Senior Leaving Certificate Examination (including Day School Certificate (Higher) General paper), 1950
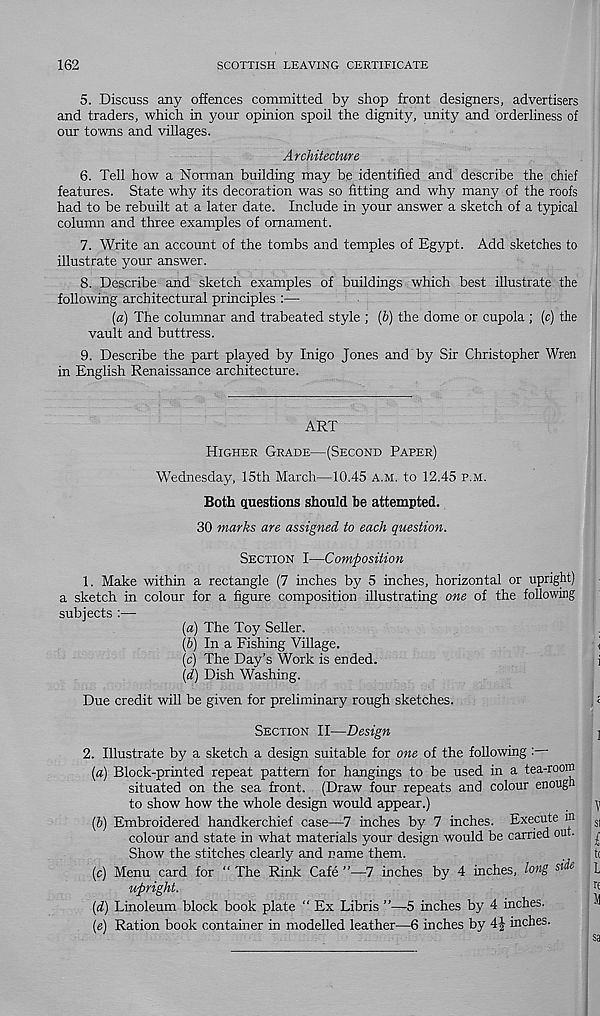
162
SCOTTISH LEAVING CERTIFICATE
5. Discuss any offences committed by shop front designers, advertisers
and traders, which in your opinion spoil the dignity, unity and orderliness of
our towns and villages.
Architecture
6. Tell how a Norman building may be identified and describe the chief
features. State why its decoration was so fitting and why many of the roofs
had to be rebuilt at a later date. Include in your answer a sketch of a typical
column and three examples of ornament.
7. Write an account of the tombs and temples of Egypt. Add sketches to
illustrate your answer.
8. Describe and sketch examples of buildings which best illustrate the
following architectural principles :—
(a) The columnar and trabeated style ; ib) the dome or cupola ; (c) the
vault and buttress.
9. Describe the part played by Inigo Jones and by Sir Christopher Wren
in English Renaissance architecture.
ART
Higher Grade—(Second Paper)
Wednesday, 15th March—10.45 a.m. to 12.45 p.m.
Both questions should be attempted.
30 marks are assigned to each question.
Section I—Composition
1. Make within a rectangle (7 inches by 5 inches, horizontal or upright)
a sketch in colour for a figure composition illustrating one of the following
subjects :—
{a) The Toy Seller.
{b) In a Fishing Village.
(c) The Day’s Work is ended.
{d) Dish Washing.
Due credit will be given for preliminary rough sketches.
Section II—Design
2. Illustrate by a sketch a design suitable for one of the following :
(a) Block-printed repeat pattern for hangings to be used in a tea-room
situated on the sea front. (Draw four repeats and colour enough
to show how the whole design would appear.)
{b) Embroidered handkerchief case—7 inches by 7 inches. Execute m
colour and state in what materials your design would be carried ou .
Show the stitches clearly and name them.
(c) Menu card for “ The Rink Cafe ”—7 inches by 4 inches, long side
upright.
{d) Linoleum block book plate “ Ex Libris ”—5 inches by 4 inches.
{e) Ration book container in modelled leather—6 inches by 4J inches.